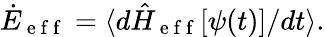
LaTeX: \dot{E}_{\mathrm{~e~f~f~}}=\langle d\hat{H}_{\mathrm{~e~f~f~}}[\psi(t)]/dt\rangle.